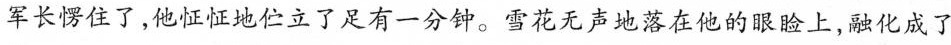
军长愣住了，他怔怔地伫立了足有一分钟。雪花无声地落在他的眼睑上，融化成了